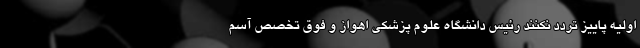
اولیه پاییز تردد نکنند رئیس دانشگاه علوم پزشکی اهواز و فوق تخصص آسم